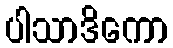
ပါသာဒိကော